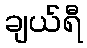
ချယ်ရီ